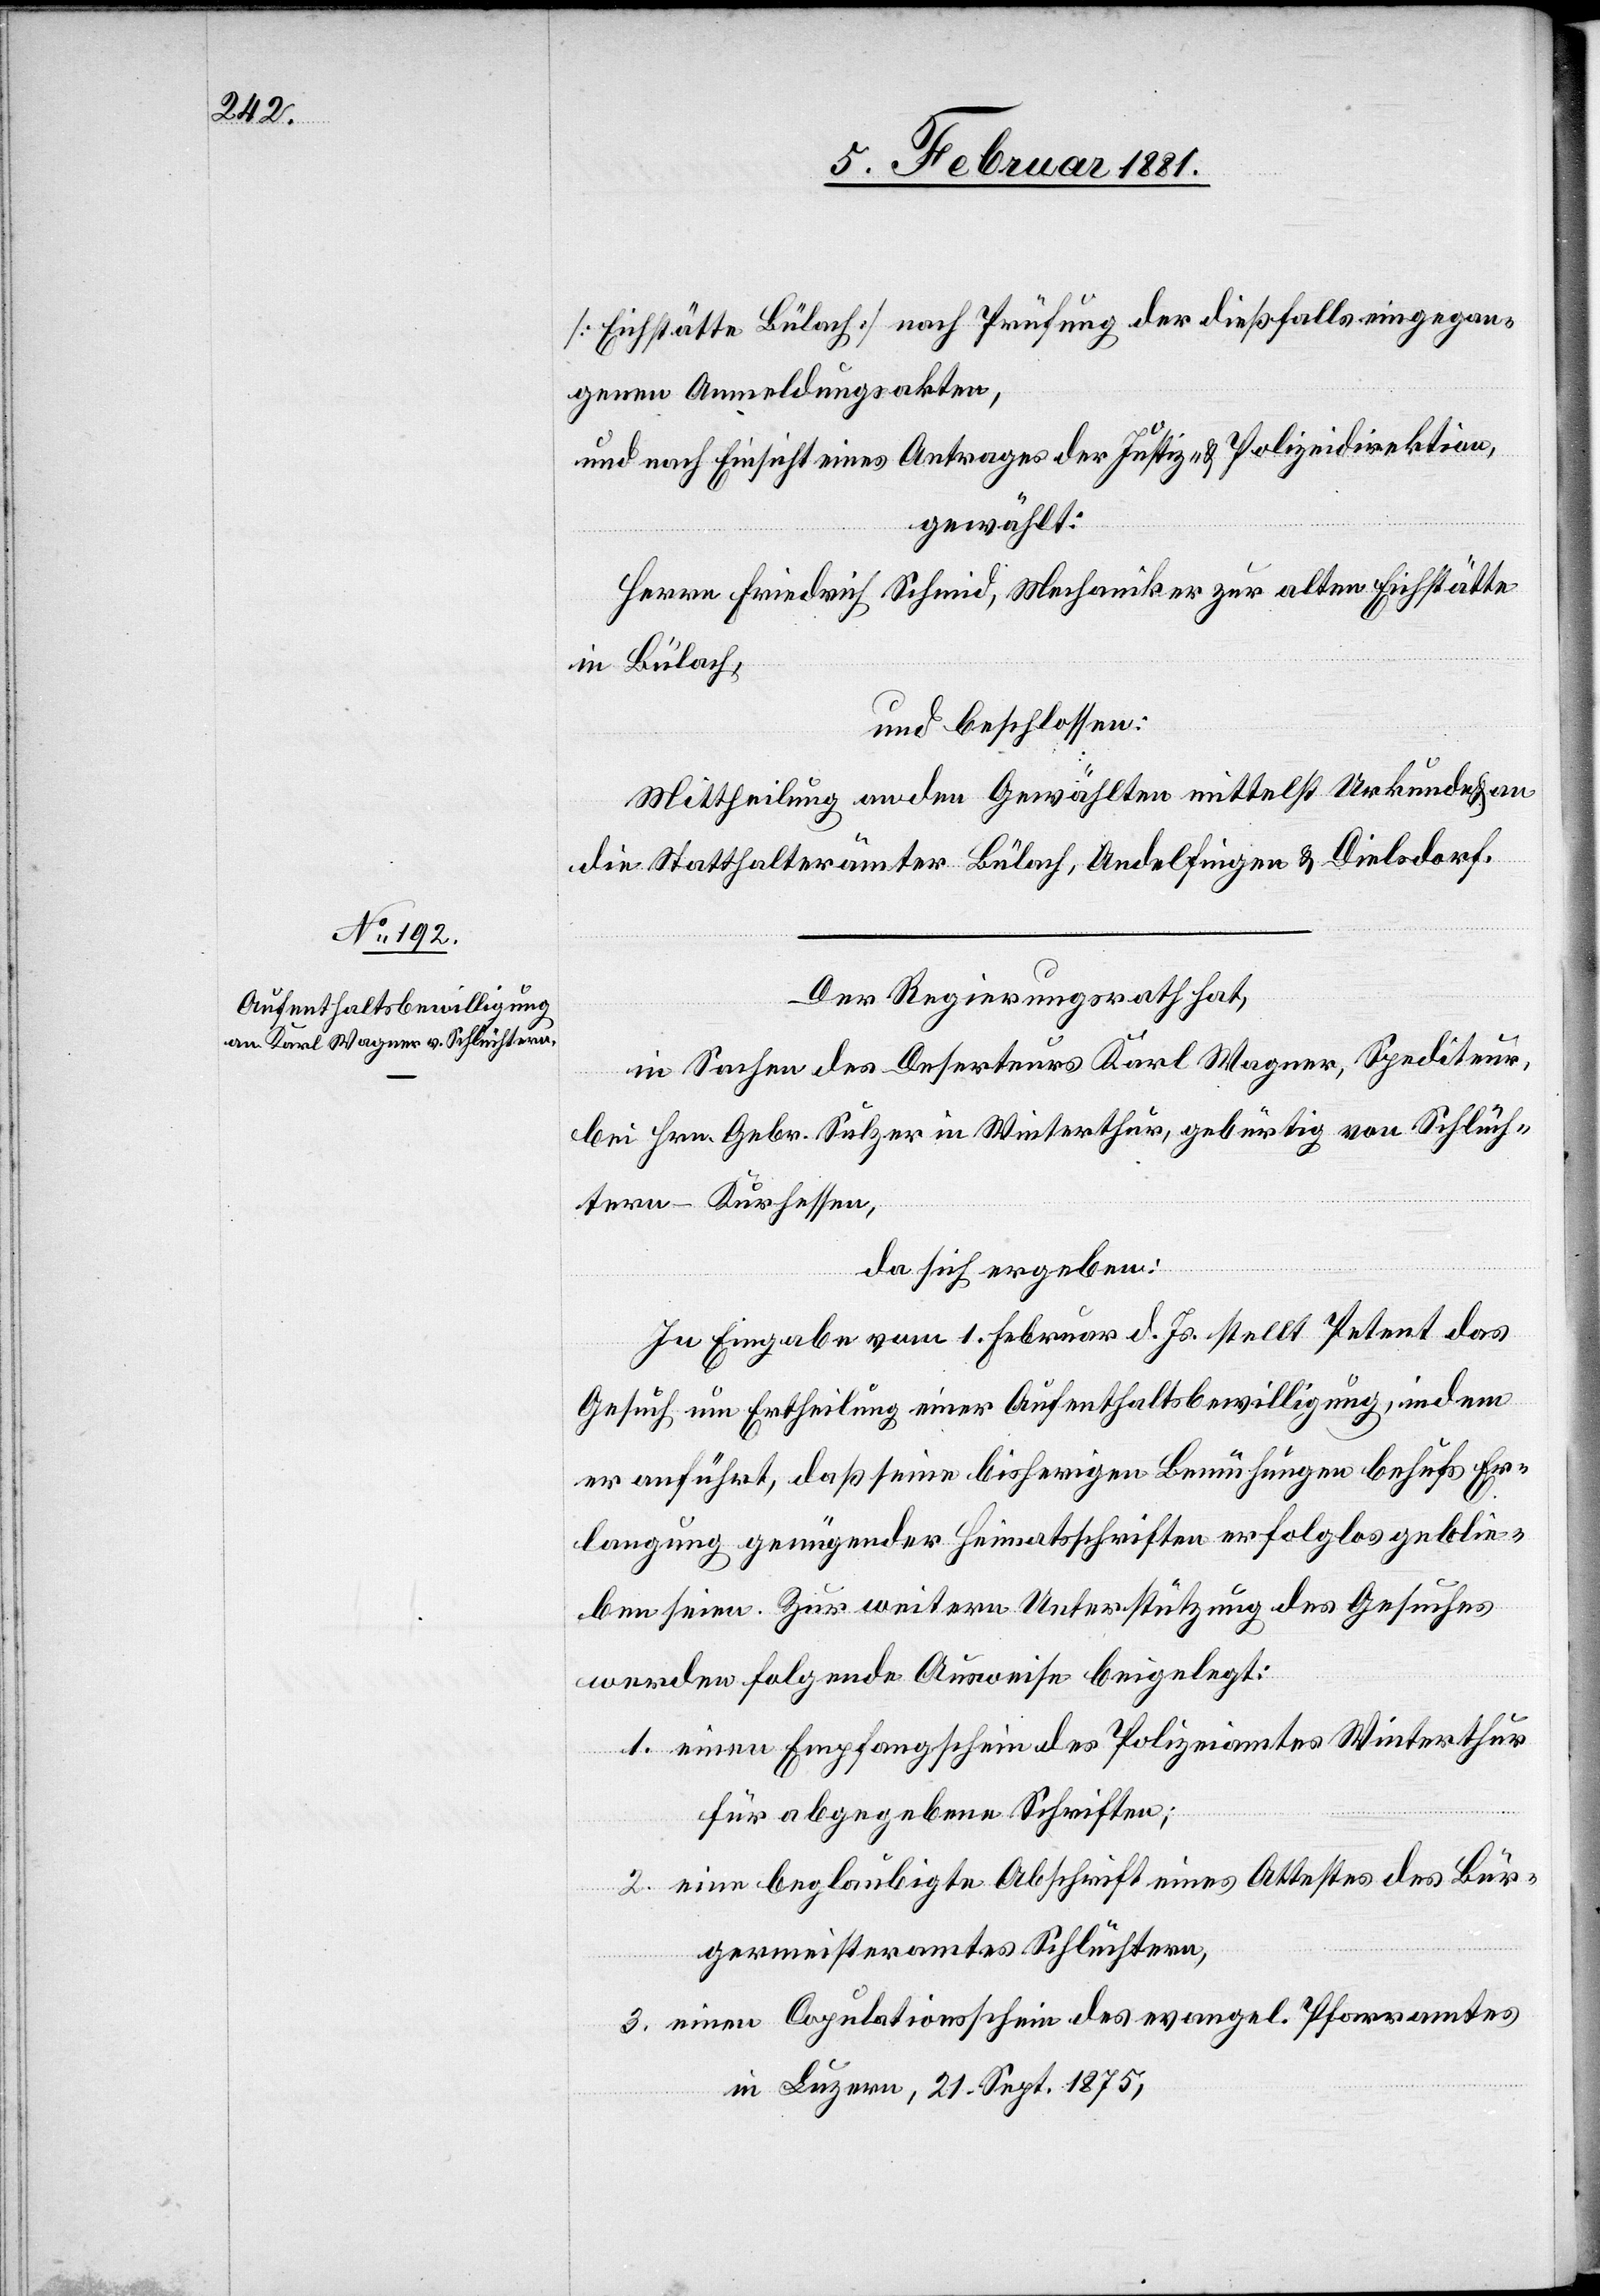
[Eichstätte Bülach] nach Prüfung der dießfalls eingegan¬
genen Anmeldungsakten,
und nach Einsicht eines Antrages der Justiz- & Polizeidirektion,
gewählt:
Herrn Friedrich Schmid, Mechaniker zur alten Eichstätte
in Bülach,
und beschlossen:
Mittheilung an den Gewählten mittelst Urkunde & an
die Statthalterämter Bülach, Andelfingen & Dielsdorf.
Der Regierungsrath hat,
in Sachen des Deserteurs Karl Wagner, Spediteur,
bei Hrn. Gebr. Sulzer in Winterthur, gebürtig von Schlüch¬
tern - Kurhessen,
da sich ergeben:
In Eingabe vom 1. Februar d. Js. stellt Petent das
Gesuch um Ertheilung einer Aufenthaltsbewilligung, indem
er anführt, daß seine bisherigen Bemühungen behufs Er¬
langung genügender Heimatschriften erfolglos geblie¬
ben seien. Zur weitern Unterstützung des Gesuches
werden folgende Ausweise beigelegt:
1. einen Empfangschein des Polizeiamtes Winterthur
für abgegebene Schriften;
2. eine beglaubigte Abschrift eines Attestes des Bür¬
germeisteramtes Schlüchtern,
3. einen Copulationsschein des evangel. Pfarramtes
in Luzern, 21. Sept. 1875,